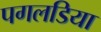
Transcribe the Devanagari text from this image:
पगलडिया